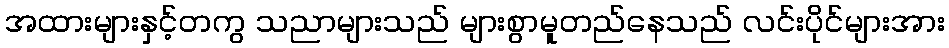
အထားများနှင့်တကွ သညာများသည် များစွာမူတည်နေသည် လင်းပိုင်များအား